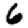
Digit: 6